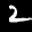
Label: 2